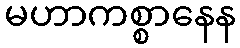
မဟာကစ္စာနေန